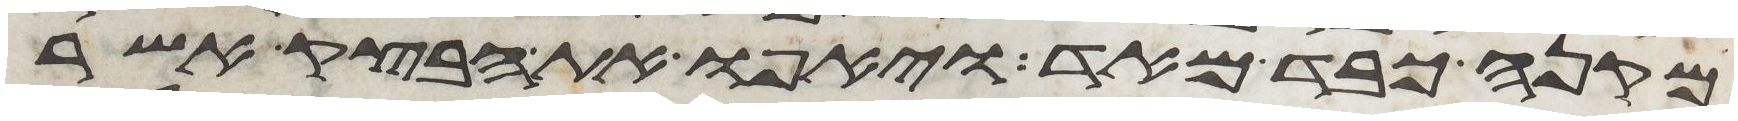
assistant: מקנה כבד מאד ויאפו את הבצק אשר